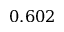
0 . 6 0 2